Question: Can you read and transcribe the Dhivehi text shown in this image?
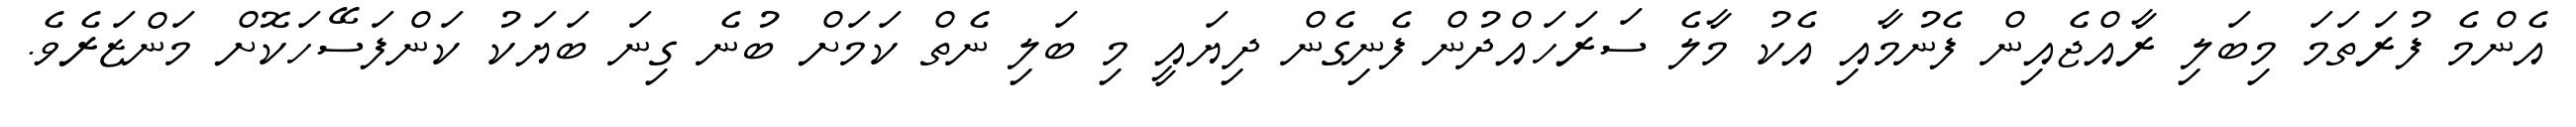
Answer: އެންމެ ފުރަތަމަ މިބަލި ރާއްޖެއިން ފެނުމާއި އެކު މާލެ ސަރަހައްދުން ފެނިގެން ދިޔައީ މި ބަލި ނެތް ކަމަށް ބުނެ ގިނަ ބަޔަކު ކަންފަސޭހަކޮށް މަންޒަރެވެ.